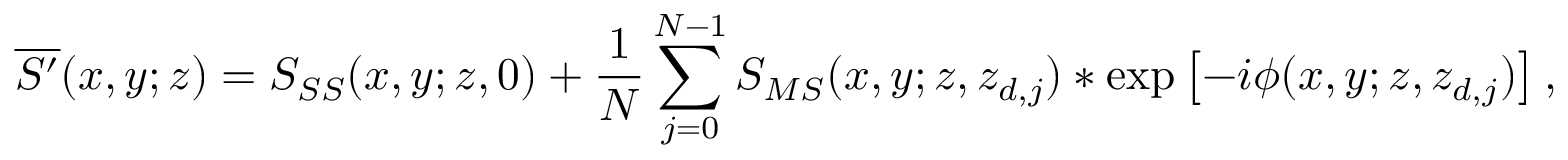
\overline { { S ^ { \prime } } } ( x , y ; z ) = S _ { S S } ( x , y ; z , 0 ) + \frac { 1 } { N } \sum _ { j = 0 } ^ { N - 1 } S _ { M S } ( x , y ; z , z _ { d , j } ) * \exp \left[ - i \phi ( x , y ; z , z _ { d , j } ) \right] ,